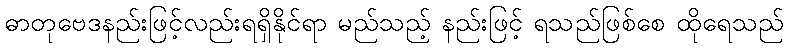
ဓာတုဗေဒနည်းဖြင့်လည်းရရှိနိုင်ရာ မည်သည့် နည်းဖြင့် ရသည်ဖြစ်စေ ထိုရေသည်